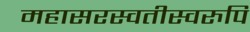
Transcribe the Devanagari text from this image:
महासरस्वतीस्वरुपि